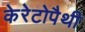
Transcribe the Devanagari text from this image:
केरेटोपैथी